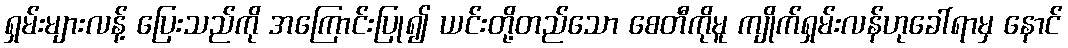
ရှမ်းများလန့် ပြေးသည်ကို အကြောင်းပြု၍ ယင်းတို့တည်သော စေတီကိုမူ ကျိုက်ရှမ်းလန်ဟုခေါ်ရာမှ နောင်